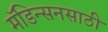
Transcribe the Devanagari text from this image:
मॅडिन्सनसाठी